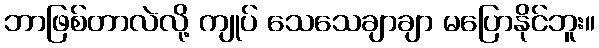
ဘာဖြစ်တာလဲလို့ ကျုပ် သေသေချာချာ မပြောနိုင်ဘူး။